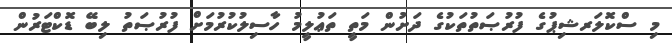
މި ސްކޮލަރޝިޕުގެ ފުރުޞަތުތަކުގެ ދަށުން މަތީ ތަޢުލީމު ހާސިލުކުރުމަށް ފުރުޞަތު ލިބޭ ޑޮކްޓަރުން